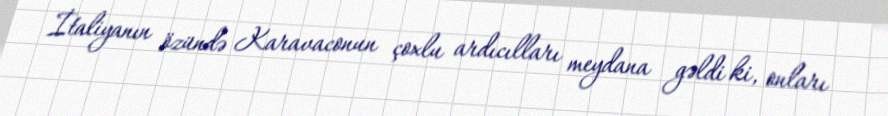
İtaliyanın özündə Karavaconun çoxlu ardıcılları meydana gəldi ki, onları